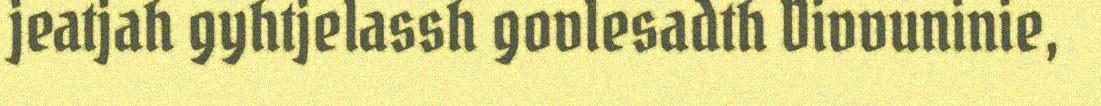
jeatjah gyhtjelassh govlesadth Divvuninie,